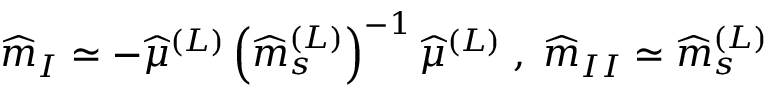
\widehat { m } _ { I } \simeq - \widehat { \mu } ^ { ( L ) } \left( \widehat { m } _ { s } ^ { ( L ) } \right) ^ { - 1 } \widehat { \mu } ^ { ( L ) } \; , \; \widehat { m } _ { I I } \simeq \widehat { m } _ { s } ^ { ( L ) }